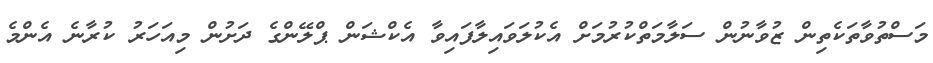
މަސްތުވާތަކެތިން ޒުވާނުން ސަލާމަތްކުރުމަށް އެކުލަވައިލާފައިވާ އެކްޝަން ޕްލޭންގެ ދަށުން މިއަހަރު ކުރާނެ އެންމެ